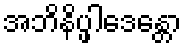
အဘိနိပ္ဖါဒေန္တော